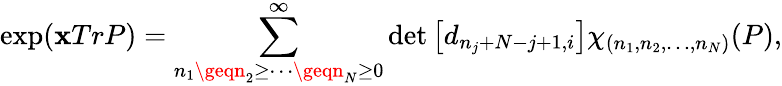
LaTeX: \exp(\mathbf{x}TrP)=\sum_{n_{1}\geqn_{2}\geq\cdots\geqn_{N}\geq0}^{\infty}\operatorname*{det}\left[d_{n_{j}+N-j+1,i}\right]\chi_{(n_{1},n_{2},\ldots,n_{N})}(P),